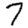
Digit: 7